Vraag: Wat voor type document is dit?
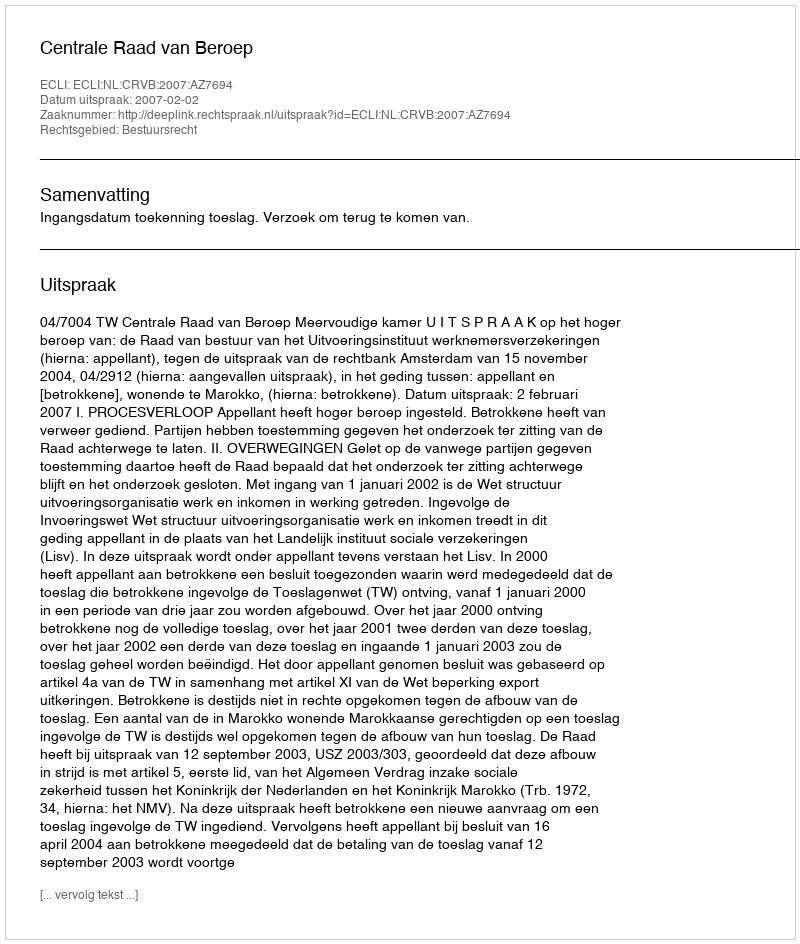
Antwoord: Uitspraak